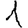
Digit: 1